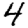
Digit: 4